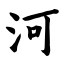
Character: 河